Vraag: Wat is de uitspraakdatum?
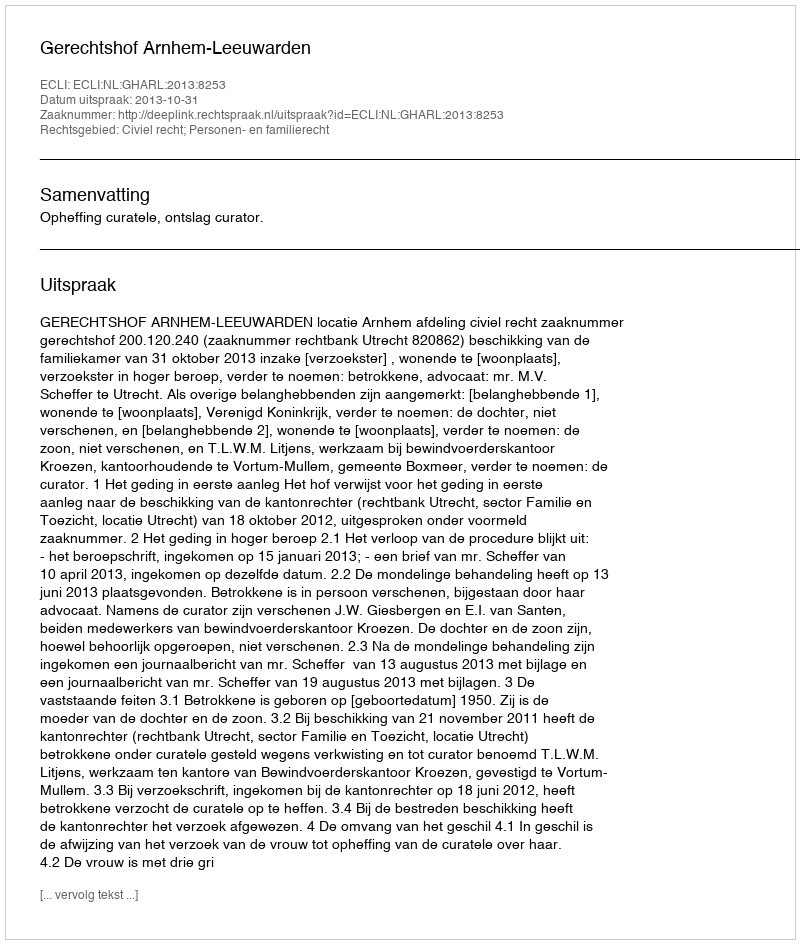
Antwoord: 2013-10-31